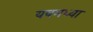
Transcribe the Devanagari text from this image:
यवमध्या